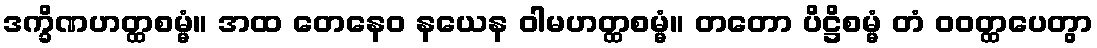
ဒက္ခိဏဟတ္ထစမ္မံ။ အထ တေနေဝ နယေန ဝါမဟတ္ထစမ္မံ။ တတော ပိဋ္ဌိစမ္မံ တံ ဝဝတ္ထပေတွာ